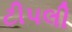
ટીપલી